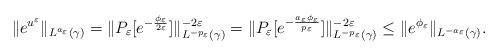
LaTeX: \begin{align*}\|e^{u^\varepsilon}\|_{L^{a_\varepsilon}(\gamma)} = \| P_{\varepsilon}[e^{-\frac{\phi_\varepsilon}{2\varepsilon}}] \|_{L^{-p_\varepsilon}(\gamma)}^{-2\varepsilon} = \| P_{\varepsilon}[e^{-\frac{a_\varepsilon \phi_\varepsilon}{p_\varepsilon}}] \|_{L^{-p_\varepsilon}(\gamma)}^{-2\varepsilon} \le \|e^{\phi_\varepsilon}\|_{L^{-a_\varepsilon}(\gamma)}.\end{align*}